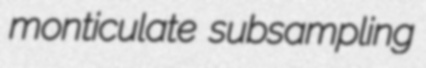
monticulate subsampling